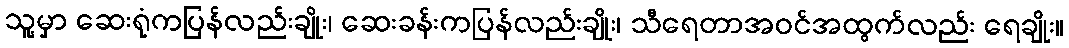
သူ့မှာ ဆေးရုံကပြန်လည်းချိုး၊ ဆေးခန်းကပြန်လည်းချိုး၊ သီရေတာအဝင်အထွက်လည်း ရေချိုး။